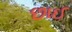
છાઈ